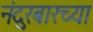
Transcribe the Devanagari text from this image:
नंदुरबारच्या